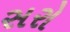
સરો